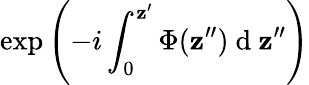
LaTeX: \exp\left(-i\int_{0}^{\mathbf{z}^{\prime}}\Phi(\mathbf{z}^{\prime\prime})\mathrm{{~d~}}\mathbf{z}^{\prime\prime}\right)